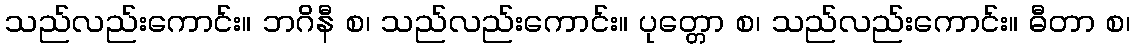
သည်လည်းကောင်း။ ဘဂိနီ စ၊ သည်လည်းကောင်း။ ပုတ္တော စ၊ သည်လည်းကောင်း။ ဓီတာ စ၊